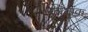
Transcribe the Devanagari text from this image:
नामांक